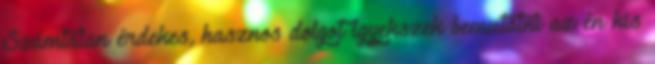
Számtalan érdekes, hasznos dolgot igyekszek bemutatni az én kis